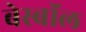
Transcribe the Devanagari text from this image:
बेस्बॉल